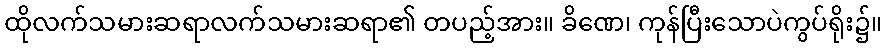
ထိုလက်သမားဆရာလက်သမားဆရာ၏ တပည့်အား။ ခိဏေ၊ ကုန်ပြီးသောပဲကွပ်ရိုး၌။